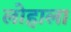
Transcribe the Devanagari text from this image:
लोहाला